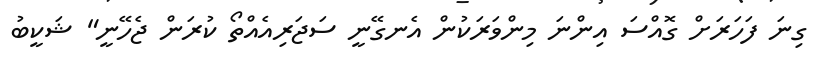
ގިނަ ފަހަރަށް ގޮއްސަ އިންނަ މިންވަރަކުން އެނގޭނީ ސަޖަރިއެއްތޯ ކުރަން ޖެހޭނީ" ޝަކީބު